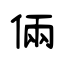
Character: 倆